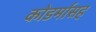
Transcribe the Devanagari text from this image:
कोडर्मासह